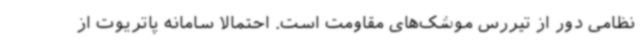
نظامی دور از تیررس موشک‌های مقاومت است. احتمالا سامانه پاتریوت از